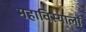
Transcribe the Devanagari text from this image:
महाविस्यालों